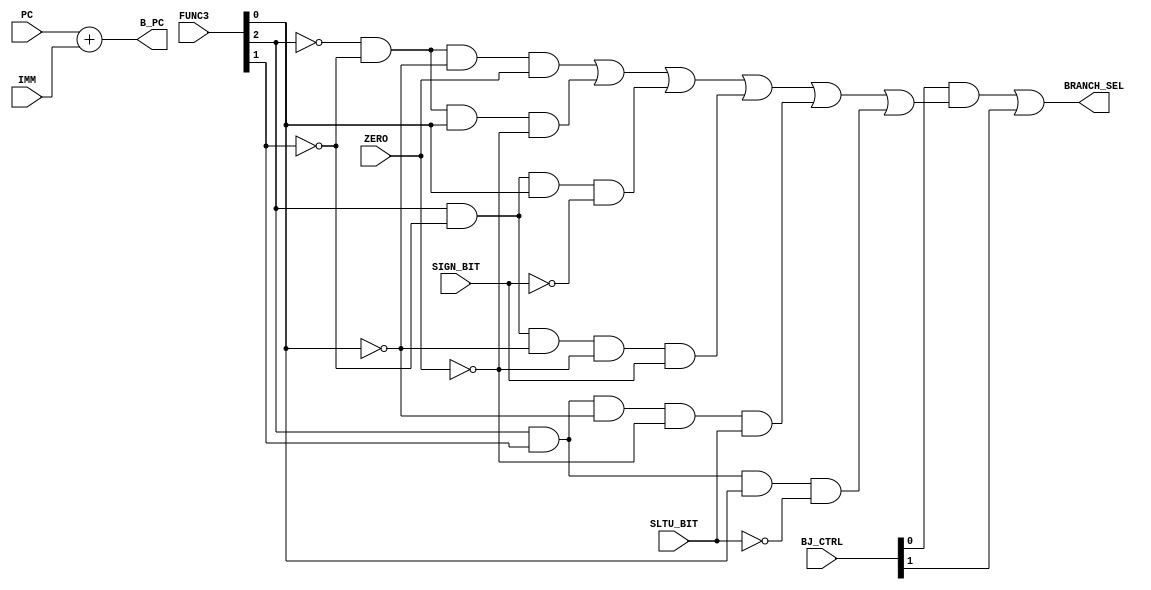
module bj_controller(
    // inputs
    PC,
    IMM,
    BJ_CTRL,
    FUNC3,
    ZERO,
    SIGN_BIT,
    SLTU_BIT,
    // outputs
    B_PC,
    BRANCH_SEL
);

    input [31:0] PC, IMM;
    input [1:0] BJ_CTRL;
    input [2:0] FUNC3;
    input ZERO, SIGN_BIT, SLTU_BIT;

    output reg [31:0] B_PC;
    output reg BRANCH_SEL;

    wire BEQ, BGE, BNE, BLT, BLTU, BGEU;

    // assign BRANCH_ADDRESS = PC + IMM; // Get the branch address using pc and immediate value

    // Branch if equal
    assign BEQ = (~FUNC3[2]) & (~FUNC3[1]) &  (~FUNC3[0]) & ZERO;
    // Branch if not equal
    assign BNE = (~FUNC3[2]) & (~FUNC3[1]) &  (FUNC3[0]) & (~ZERO);
    // Branch if greater than
    assign BGE = (FUNC3[2]) & (~FUNC3[1]) &  (FUNC3[0]) & (~SIGN_BIT);
    // Branch if less than
    assign BLT = (FUNC3[2]) & (~FUNC3[1]) &  (~FUNC3[0]) & (~ZERO) & SIGN_BIT;
    // Branch less than for unsign
    assign BLTU = (FUNC3[2]) & (FUNC3[1]) &  (~FUNC3[0]) & (~ZERO) & SLTU_BIT;
    // Branch greater than for unsign
    assign BGEU = (FUNC3[2]) & (FUNC3[1]) &  (FUNC3[0]) & (~SLTU_BIT);

    always @(*)begin
        BRANCH_SEL <=(BJ_CTRL[0] &(BEQ|BNE|BGE|BLT|BLTU|BGEU)) | (BJ_CTRL[1]) | 1'b0;
    end

    always @(*) begin
        B_PC <= PC+IMM;
    end

endmodule